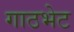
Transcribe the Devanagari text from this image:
गाठभेट